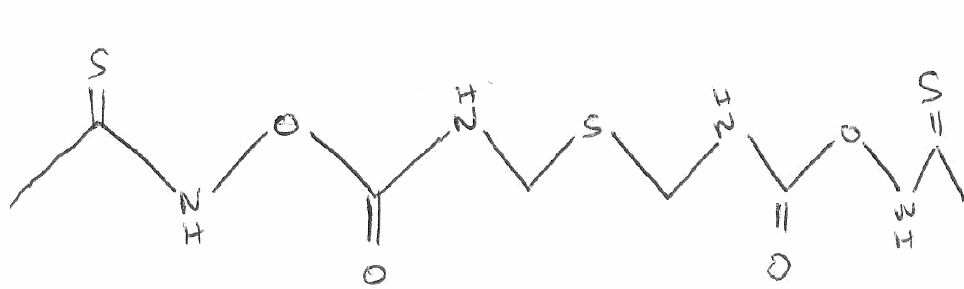
Simplified molecular-input line-entry system (SMILES) notation of the given molecule:
CC(=S)NOC(=O)NCSCNC(=O)ONC(=S)C